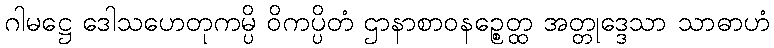
ဂါမဋ္ဌေ ဒေါသဟေတုကမ္ပိ ဝိကပ္ပိတံ ဌာနာစာဝနဉ္စေတ္ထ အတ္တုဒ္ဒေသာ သာဓာဟံ